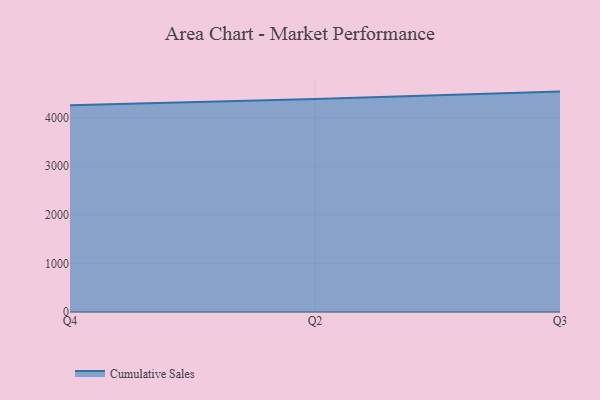
{"axis": {"x": "Quarter", "y": "Bounce Rate (%)"}, "legend": ["Cumulative Sales"], "data": [{"x": "Q4", "y": 4254.2, "type": "Cumulative Sales"}, {"x": "Q2", "y": 4381.0, "type": "Cumulative Sales"}, {"x": "Q3", "y": 4532.6, "type": "Cumulative Sales"}]}